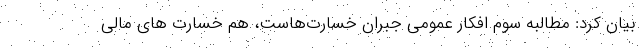
بیان کرد: مطالبه سوم افکار عمومی جبران خسارت‌هاست، هم خسارت های مالی